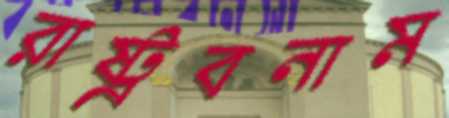
রাষ্ট্রবনাম